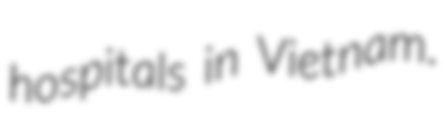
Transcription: hospitals in Vietnam.